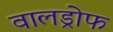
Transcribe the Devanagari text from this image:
वालड्रोफ